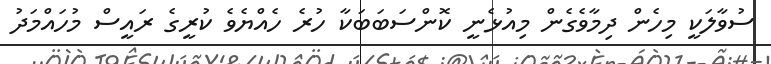
ސުވާލަކީ މިހެން ދިމާވެގެން މިއުޅެނީ ކޮންސަބަބަކާ ހުރެ ހެއްޔެވެ ކުރީގެ ރައީސް މުހައްމަދު